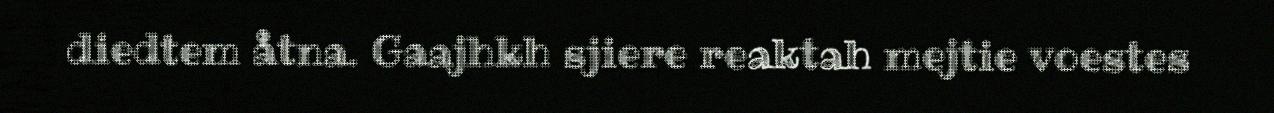
diedtem åtna. Gaajhkh sjiere reaktah mejtie voestes